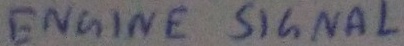
Text: ENGINE SIGNAL